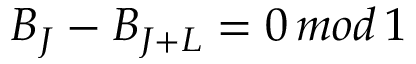
B _ { J } - B _ { J + L } = 0 \, m o d \, 1